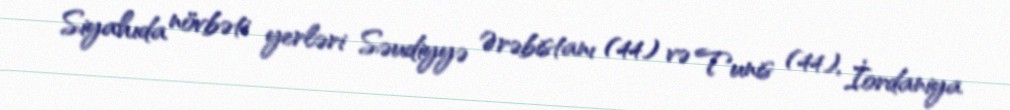
Siyahıda növbəti yerləri Səudiyyə Ərəbistanı (44) və Tunis (44), İordaniya